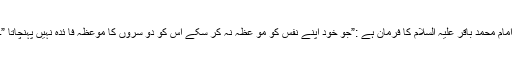
امام محمد باقر علیہ السلام کا فرمان ہے :”جو خود اپنے نفس کو مو عظہ نہ کر سکے اس کو دو سروں کا موعظہ فا ئدہ نہیں پہنچاتا ”۔